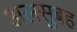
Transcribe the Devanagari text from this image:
अलसुबह